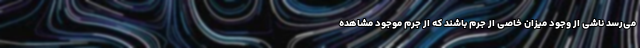
می‌رسد ناشی از وجود میزان خاصی از جرم باشند که از جرم موجود مشاهده‌